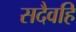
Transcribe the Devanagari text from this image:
सदैवहि